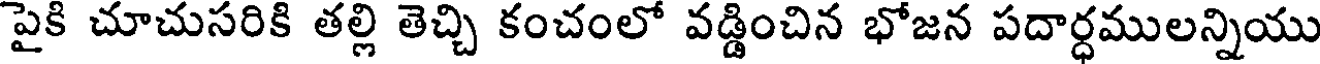
పైకి చూచుసరికి తల్లి తెచ్చి కంచంలో వడ్డించిన భోజన పదార్ధములన్నియు